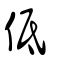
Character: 低